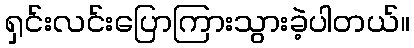
ရှင်းလင်းပြောကြားသွားခဲ့ပါတယ်။